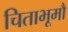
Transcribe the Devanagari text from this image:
चिताभूमौ